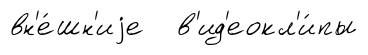
вн'е́шн'иjе в'ид'еокл'и́пы